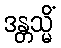
ဒန္တသ္မိံ